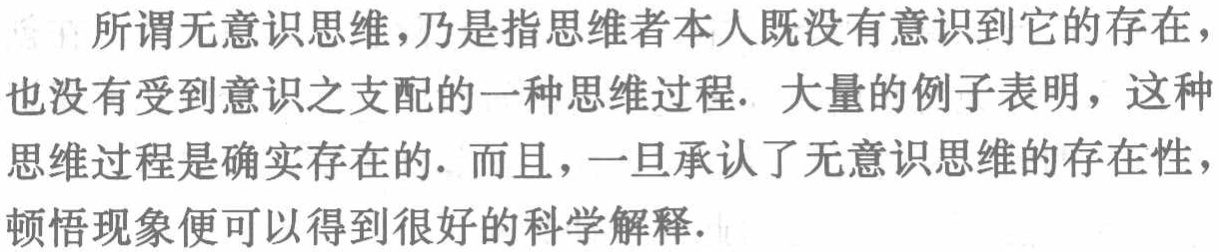
所谓无意识思维，乃是指思维者本人既没有意识到它的存在，也没有受到意识之支配的一种思维过程. 大量的例子表明，这种思维过程是确实存在的. 而且，一旦承认了无意识思维的存在性，顿悟现象便可以得到很好的科学解释.